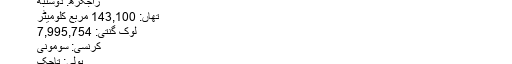
تاجکستان - وکیپیڈیا
راجگڑھ: دوشنبه
تھاں: 143,100 مربع کلومیٹر
لوک گنتی: 7,995,754
کرنسی: سومونی
بولی: تاجک
تاجکستان ( فارسی - تاجیکستان ) وچکار ایشیا وچّ واقع اک دیس اے جو چارے پاسے ولوں زمین ولوں گھریا اے ۔